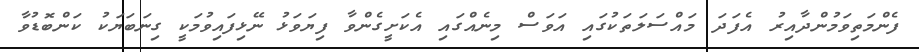
ފެންމަތިވަމުންދާއިރު އެފަދަ މައްސަލަތަކުގައި އަވަސް މިނެއްގައި އެކަށީގެންވާ ފިޔަވަޅު ނޭޅިފައިވުމަކީ ގިނަބަޔަކު ކަންބޮޑުވާ